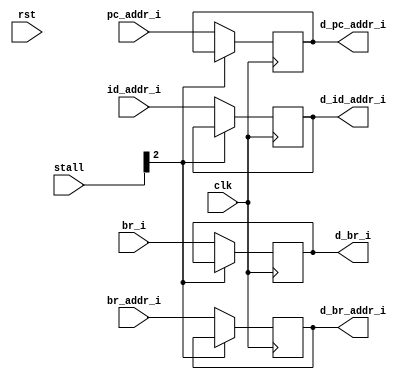
module delay(
    input rst,
    input clk,
    
    input wire[31:0] pc_addr_i,
    input wire[31:0] id_addr_i,
    input wire br_i,
    input wire[31:0] br_addr_i,
    input wire[5:0] stall,
    
    output reg[31:0] d_pc_addr_i,
    output reg[31:0] d_id_addr_i,
    output reg d_br_i,
    output reg[31:0] d_br_addr_i
 );
    
    always @ (negedge clk)begin
       if(!stall[2])begin
            d_pc_addr_i <= pc_addr_i;
            d_id_addr_i <= id_addr_i;
            d_br_i <= br_i;
            d_br_addr_i <= br_addr_i;
       end
    end
endmodule